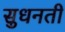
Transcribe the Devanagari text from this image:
सुधनती